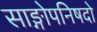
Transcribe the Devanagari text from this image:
साङ्गोपनिषदो